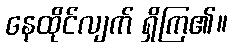
နေထိုင်လျက် ရှိကြ၏။